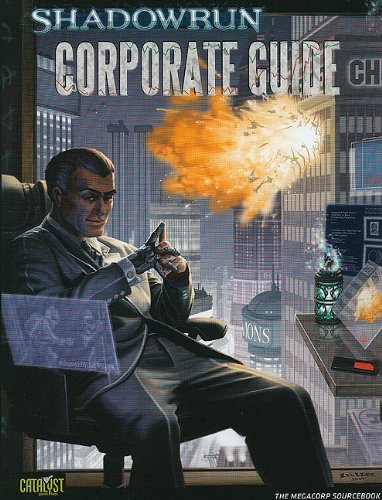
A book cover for Corporate Guide (Shadowrun (Catalyst)); Lars Blumenstein; Science Fiction & Fantasy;